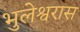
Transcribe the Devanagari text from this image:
भुलेश्वरास